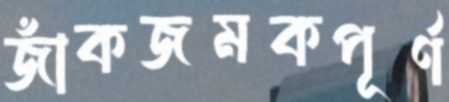
জাঁকজমকপূর্ণ